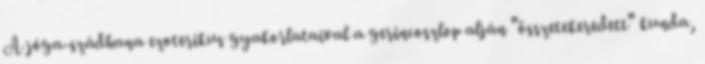
A jóga-szádhana ezoterikus gyakorlataival a gerincoszlop alján "összetekeredett" kunda,